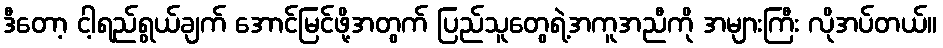
ဒီတော့ ငါ့ရည်ရွယ်ချက် အောင်မြင်ဖို့အတွက် ပြည်သူတွေရဲ့အကူအညီကို အများကြီး လိုအပ်တယ်။